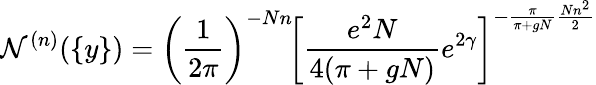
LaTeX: {\cal N}^{(n)}(\{ y\} )=\left(\frac{1}{2\pi}\right)^{-Nn}\! \left[\frac{e^{2}N}{4(\pi+gN)}e^{2\gamma}\right]^{-\frac{\pi}{\pi+gN}\frac{Nn^{2}}{2}}